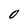
Character: O